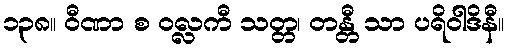
၁၃၈။ ဝီဏာ စ ဝလ္လကီ သတ္တ၊ တန္တီ သာ ပရိဝါဒိနီ။